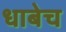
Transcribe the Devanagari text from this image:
धाबेच